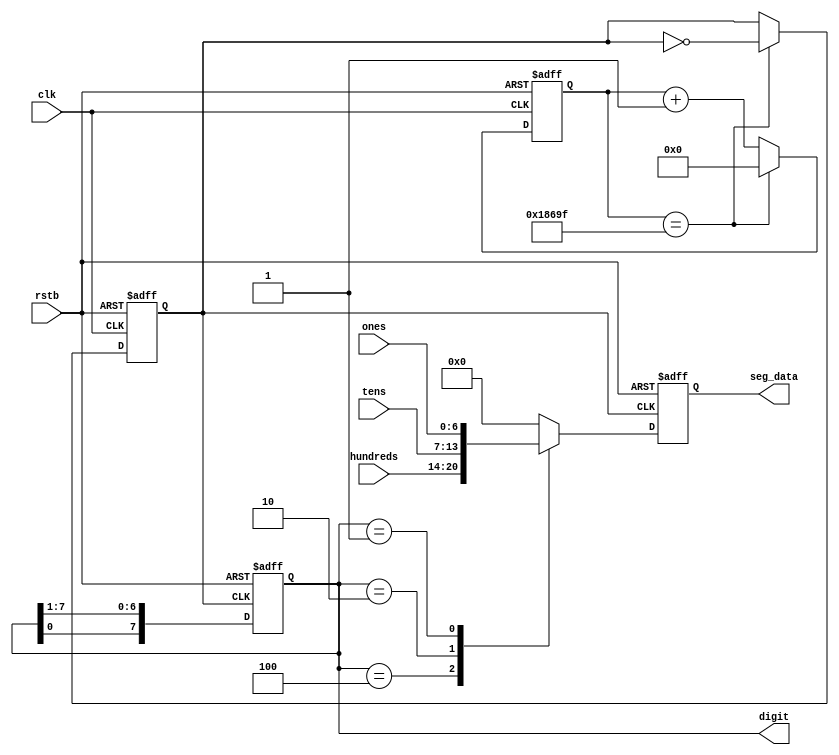

module seg7 (rstb, clk, hundreds, tens, ones, digit, seg_data);
  
  input rstb;
  input clk;
  input[6:0] hundreds, tens, ones;


  
  output reg[7:0] digit;
  output reg[6:0] seg_data;
  
  reg [26:0] clk_cnt;
  reg seg_clk;
  
  initial begin
    digit = 8'b10000000;
    seg_data = 7'b0000000;
    clk_cnt = 27'd0;
    seg_clk = 1'b0;
  end

  //generatinc clock for display position
  always @ (posedge clk or negedge rstb)
  begin
    if (!rstb) 
      begin
      clk_cnt <= 27'd0;
      seg_clk <= 0;
      end
    else
      begin
         if(clk_cnt == 27'd99999) begin
        //  if(clk_cnt == 27'd1) begin
            clk_cnt <= 27'd0;
            seg_clk <= ~seg_clk;
          end
        else begin
          clk_cnt <= clk_cnt + 1;
        end
      end   
  end
  
  always @(posedge seg_clk or negedge rstb)
  begin
    if(!rstb)
      begin
        digit <= 8'b10000000; 
      end
    else 
      begin
        digit <= {digit[0], digit[7:1]};
      end
    end
    
  always @ (posedge seg_clk or negedge rstb) 
  begin
    if(!rstb) 
      begin
        seg_data <= 7'd0; end
      else
        case(digit)
          8'b10000000 : seg_data <= 7'b0000000;
          8'b01000000 : seg_data <= 7'b0000000;
          8'b00100000 : seg_data <= 7'b0000000;
          8'b00010000 : seg_data <= 7'b0000000;
          8'b00001000 : seg_data <= 7'b0000000;
          8'b00000100 : seg_data <= hundreds;
          8'b00000010 : seg_data <= tens;
          8'b00000001 : seg_data <= ones;
          default : seg_data <= 7'd0;
        endcase
      end
    endmodule